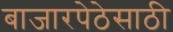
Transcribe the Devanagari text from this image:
बाजारपेठेसाठी